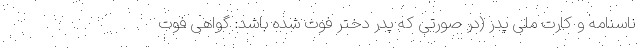
ناسنامه و کارت ملی پدر (در صورتی که پدر دختر فوت شده باشد: گواهی فوت